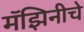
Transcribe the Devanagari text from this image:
मॅझिनीचे